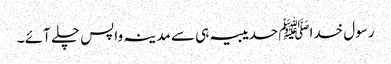
رسول خداﷺ حدیبیہ ہی سے مدینہ واپس چلے آئے ۔